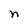
Character: n